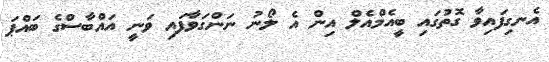
އެނގިފައިވާ ގޮތުގައި ބީއެމްއެލް އިން އެ ލޯނު ނަންގަވާފައި ވަނީ އައްބާސްގެ ބައްޕަ